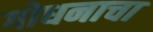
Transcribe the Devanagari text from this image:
गोधनाचा